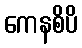
ကေနစိပိ